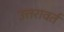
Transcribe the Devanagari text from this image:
उत्तरावर्त